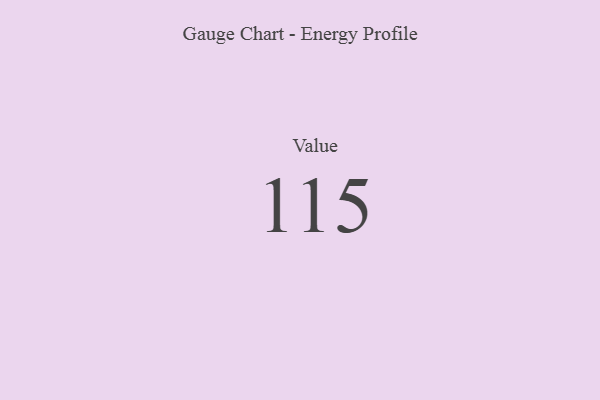
{"axis": {"x": "Metric", "y": "Value"}, "legend": [""], "data": [{"x": "Value", "y": 115, "type": ""}]}